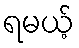
ရမယ့်